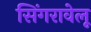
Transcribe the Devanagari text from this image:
सिंगरावेलू